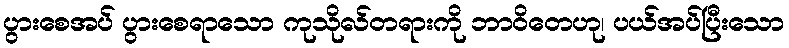
ပွားစေအပ် ပွားစေရာသော ကုသိုလ်တရားကို ဘာဝိတေဟု၊ ပယ်အပ်ပြီးသော